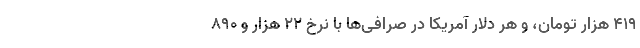
۴۱۹ هزار تومان، و هر دلار آمریکا در صرافی‌ها با نرخ ۲۲ هزار و ۸۹۰